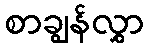
စာချွန်လွှာ